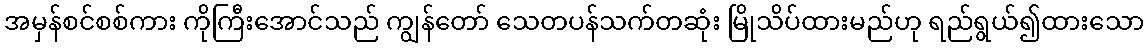
အမှန်စင်စစ်ကား ကိုကြီးအောင်သည် ကျွန်တော် သေတပန်သက်တဆုံး မြိုသိပ်ထားမည်ဟု ရည်ရွယ်၍ထားသော